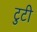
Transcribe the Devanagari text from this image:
टुटी